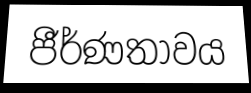
ජීර්ණතාවය